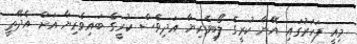
މިއީ ފަހަރުގައި އޭނާ ކުރީގެ ލޯބިވެރިޔާ އަދިވެސް ކުރީގެ ބައިވެރިޔާ އަށް އެދޭތީ